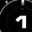
Digit: 1